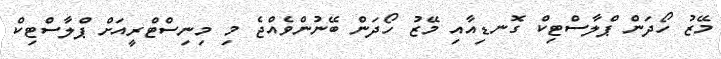
މޭޒު ހޯދަން ޕްލާސްޓިކް ގޮނޑިއާއި މޭޒު ހޯދަން ބޭނުންވެއްޖެ މި މިނިސްޓްރީއަށް ޕްލާސްޓިކް